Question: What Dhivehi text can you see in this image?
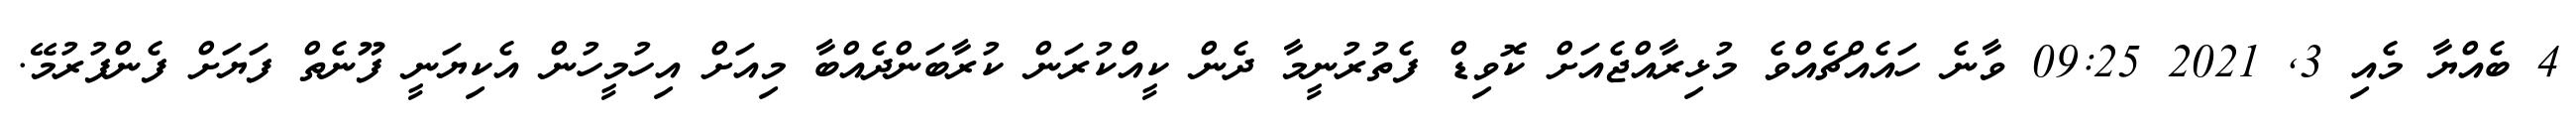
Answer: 4 ބެއްޔާ މެއި 3, 2021 09:25 ވާނެ ހައެއްޗެއްވެ މުޅިރާއްޖެއަށް ކޮވިޑް ފެތުރުނީމާ ދެން ކީއްކުރަން ކުރާބަންދެއްބާ މިއަށް އިހުމީހުން އެކިޔަނީ ފޫނެތް ފަޔަށް ފެންފުރުމޭ.